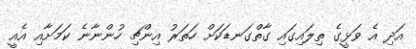
އަދި އެ ވަޅީގެ ތިލައިގައި ގާތްގަނޑަކަށް ހަތަރު އިންޗި ހުންނާނެ ކަމަށާއި އެއީ